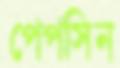
পেপসিন